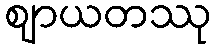
ဈာယတဿု